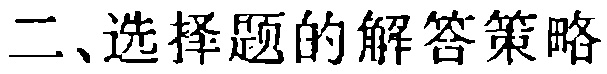
二、选择题的解答策略